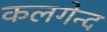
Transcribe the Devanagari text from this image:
कलगेन्द